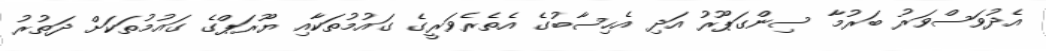
އެދުވަސްވަރު ބަރުމާ ސިންގަޕޫރު އަދި އެހިސާބުގެ އެތެރެވަރީގެ ގައުމުތަކާއި ޔޫރަޕްގެ ގައުމުތަކަށް ދަތުރު